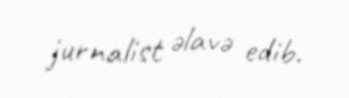
jurnalist əlavə edib.